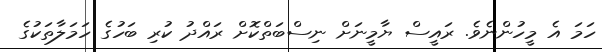
ހަމަ އެ މީހުންނެވެ. ރައީސް ޔާމީނަށް ނިސްބަތްކޮށް ރައްދު ކުރި ބަހުގެ ހަމަލާތަކުގެ